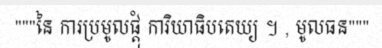
"""នៃ ការប្រមូលផ្តុំ ការិយាធិបតេយ្យ ។ , មូលធន"""